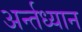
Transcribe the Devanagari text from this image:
अर्न्‍तध्‍यान